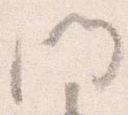
門